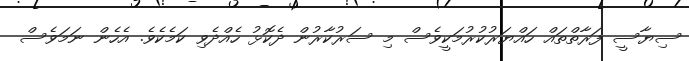
ސިޔާސީ ފަރާތްތަައް ހައްޔަރުކުރުމަކީވެސް މި ސަރުކާރުން ދެކޮޅު ހެއްދެވި ކަމެކެވެ. އެހެން ނަމަވެސް